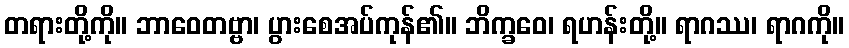
တရားတို့ကို။ ဘာဝေတဗ္ဗာ၊ ပွားစေအပ်ကုန်၏။ ဘိက္ခဝေ၊ ရဟန်းတို့။ ရာဂဿ၊ ရာဂကို။